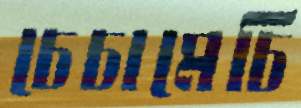
চেচামেচি